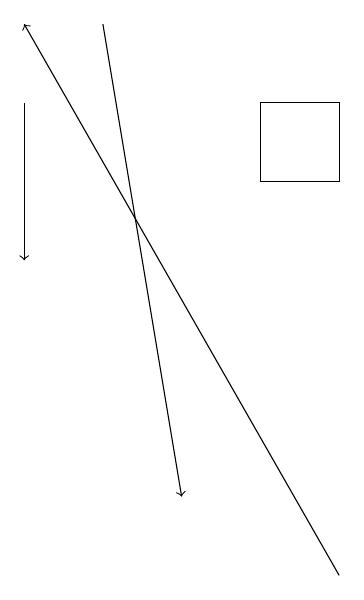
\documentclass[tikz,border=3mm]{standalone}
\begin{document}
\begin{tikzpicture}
\draw[->] (7,12) -- (3,19);
\draw[->] (4,19) -- (5,13);
\draw (6,17) rectangle (7,18);
\draw[->] (3,18) -- (3,16);
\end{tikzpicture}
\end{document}